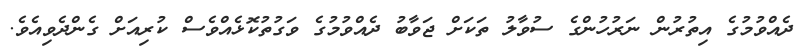
ދެއްވުމުގެ އިތުރުން ނަރުހުންގެ ސުވާލު ތަކަށް ޖަވާބު ދެއްވުމުގެ ވަގުތުކޮޅެއްވެސް ކުރިއަށް ގެންދެވިއެވެ.